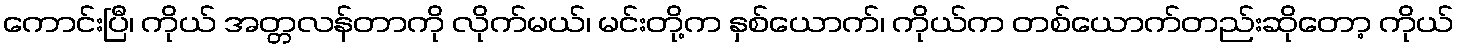
ကောင်းပြီ၊ ကိုယ် အတ္တလန်တာကို လိုက်မယ်၊ မင်းတို့က နှစ်ယောက်၊ ကိုယ်က တစ်ယောက်တည်းဆိုတော့ ကိုယ်